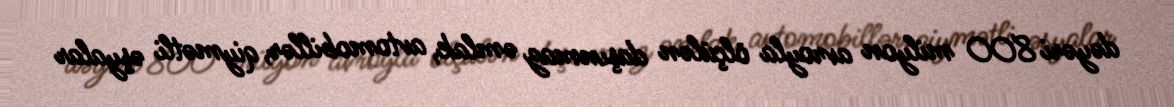
dəyəri 800 milyon avroyla ölçülən daşınmaz əmlak, avtomobillər, qiymətli əşyalar